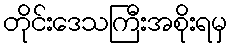
တိုင်းဒေသကြီးအစိုးရမှ